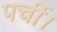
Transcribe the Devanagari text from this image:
पर्ची।